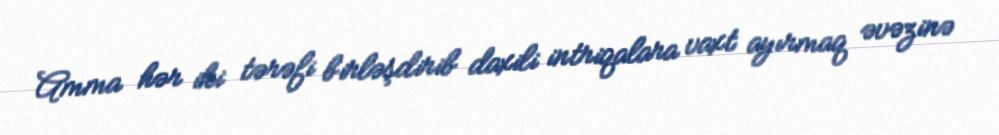
Amma hər iki tərəfi birləşdirib daxili intriqalara vaxt ayırmaq əvəzinə